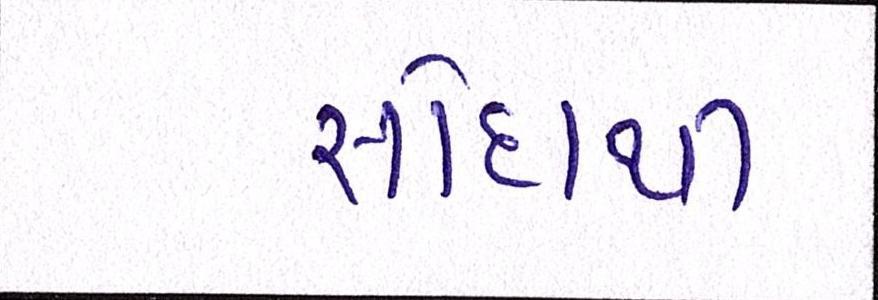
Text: સોદાથી